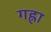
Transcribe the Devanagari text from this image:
गह्रा